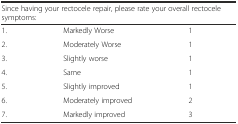
| <COLSPAN=3> Since having your rectocele repair, please rate your overall rectocele symptoms: |
 | --- | --- | --- |
 | 1. | Markedly Worse | 1 |
 | 2. | Moderately Worse | 1 |
 | 3. | Slightly worse | 1 |
 | 4. | Same | 1 |
 | 5. | Slightly improved | 1 |
 | 6. | Moderately improved | 2 |
 | 7. | Markedly improved | 3 |